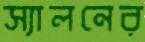
স্যালনের